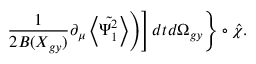
\left. \left. \left. \frac { 1 } { 2 B ( X _ { g y } ) } \partial _ { \mu } \left\langle \tilde { \Psi _ { 1 } ^ { 2 } } \right\rangle \right) \right] d t d \Omega _ { g y } \right\} \circ \hat { \chi } .